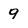
Character: 9